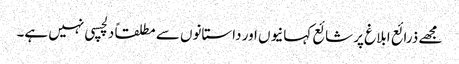
مجھے ذرائع ابلاغ پر شائع کہانیوں اور داستانوں سے مطلقاً دلچسپی نہیں ہے۔